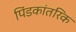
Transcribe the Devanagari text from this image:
पिंडकांतरिक